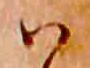
ハ